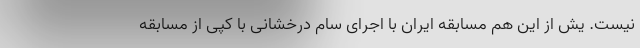
نیست. یش از این هم مسابقه ایران با اجرای سام درخشانی با کپی از مسابقه